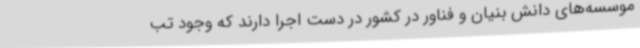
موسسه‌های دانش بنیان و فناور در کشور در دست اجرا دارند که وجود تب